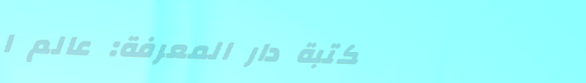
مكتبة دار المعرفة: عالم ا